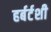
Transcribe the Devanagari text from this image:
हर्बर्टशी